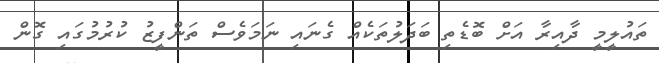
ތައުލީމީ ދާއިރާ އަށް ބޮޑެތި ބަދަލުތަކެއް ގެނައި ނަމަވެސް ތަންފީޒު ކުރުމުގައި ގޮން